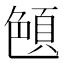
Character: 𦫤